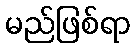
မည်ဖြစ်ရာ